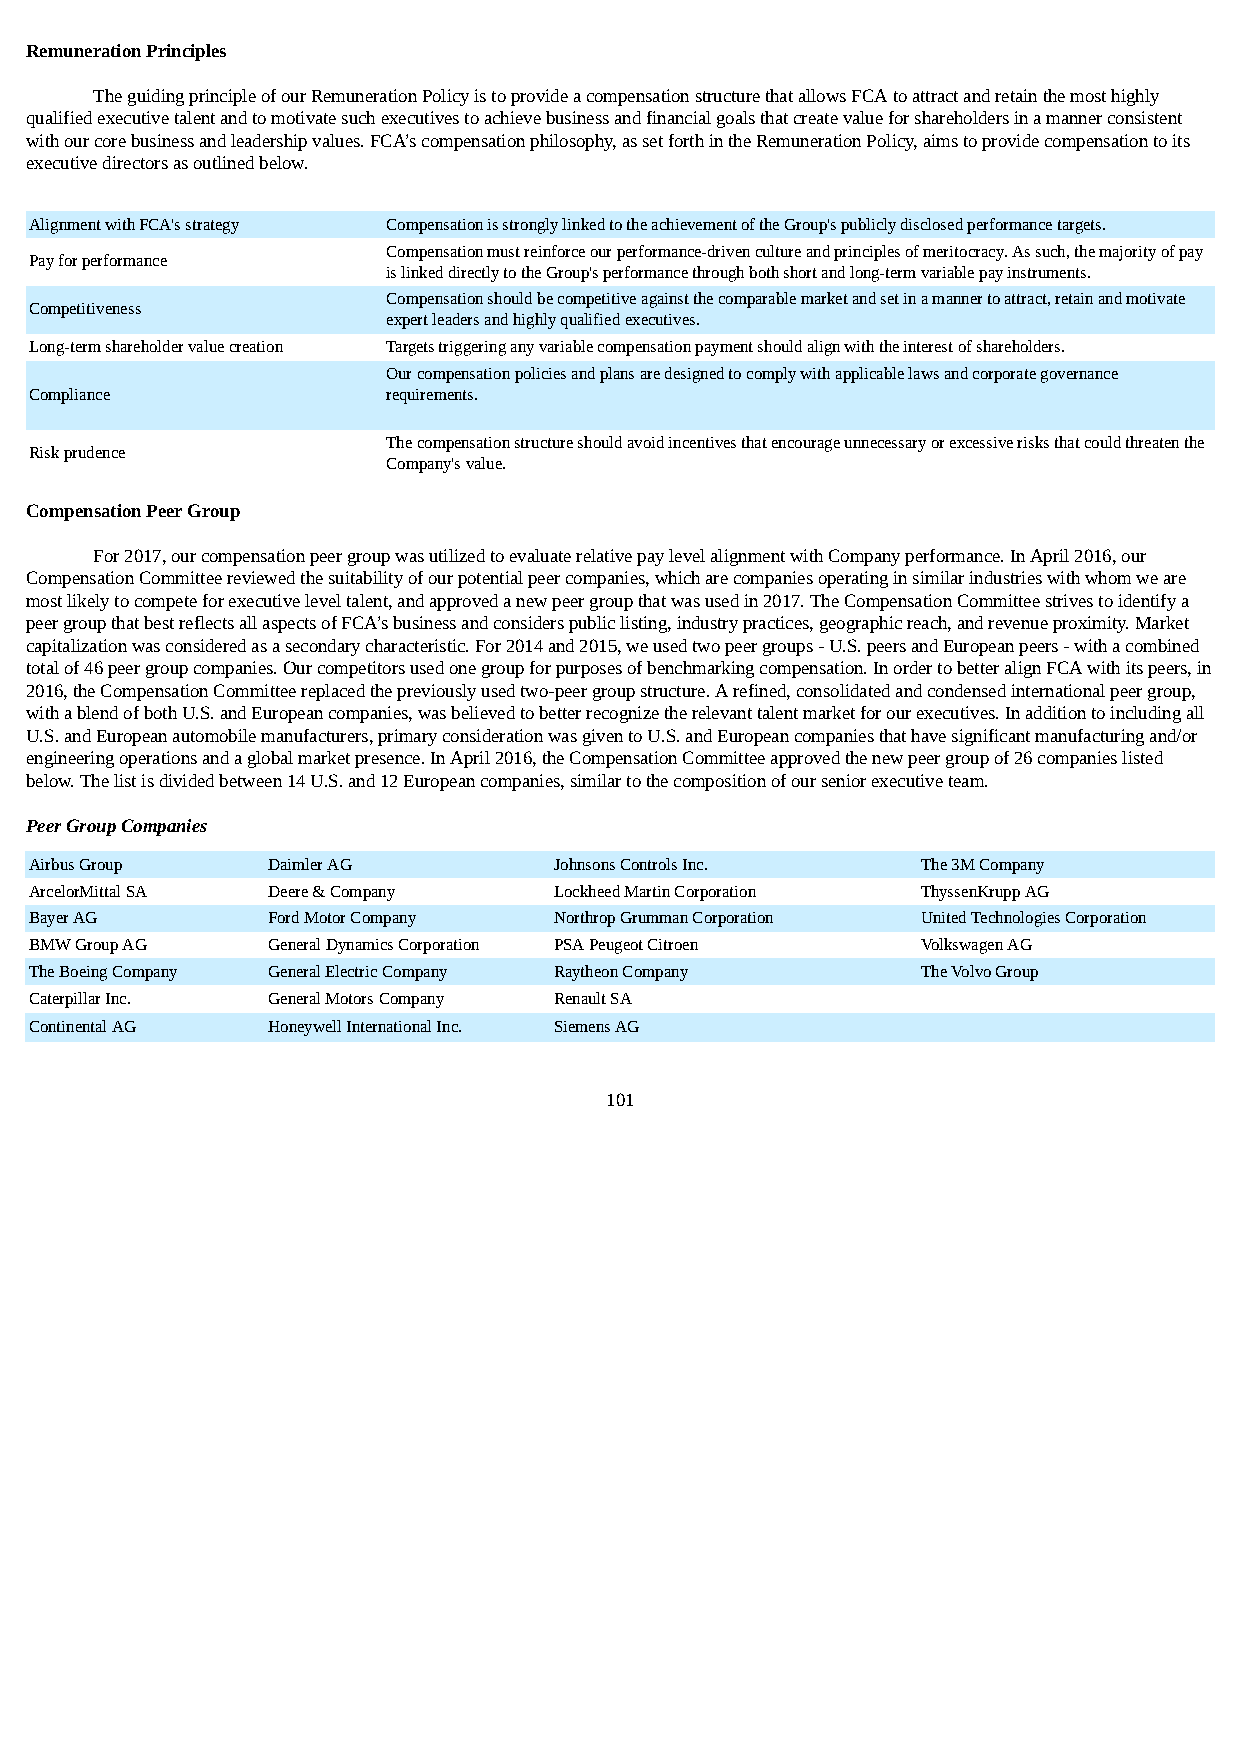
Remuneration Principles
 The guiding principle of our Remuneration Policy is to provide a compensation structure that allows FCA to attract and retain the most highly
 qualified executive talent and to motivate such executives to achieve business and financial goals that create value for shareholders in a manner consistent
 with our core business and leadership values. FCA’s compensation philosophy, as set forth in the Remuneration Policy, aims to provide compensation to its
 executive directors as outlined below.
 Alignment with FCA's strategy Compensation is strongly linked to the achievement of the Group's publicly disclosed performance targets.
 Compensation must reinforce our performance-driven culture and principles of meritocracy. As such, the majority of pay
 Pay for performance
 is linked directly to the Group's performance through both short and long-term variable pay instruments.
 Compensation should be competitive against the comparable market and set in a manner to attract, retain and motivate
 Competitiveness
 expert leaders and highly qualified executives.
 Long-term shareholder value creation Targets triggering any variable compensation payment should align with the interest of shareholders.
 Our compensation policies and plans are designed to comply with applicable laws and corporate governance
 Compliance              requirements.
 The compensation structure should avoid incentives that encourage unnecessary or excessive risks that could threaten the
 Risk prudence
 Company's value.
 Compensation Peer Group
 For 2017, our compensation peer group was utilized to evaluate relative pay level alignment with Company performance. In April 2016, our
 Compensation Committee reviewed the suitability of our potential peer companies, which are companies operating in similar industries with whom we are
 most likely to compete for executive level talent, and approved a new peer group that was used in 2017. The Compensation Committee strives to identify a
 peer group that best reflects all aspects of FCA’s business and considers public listing, industry practices, geographic reach, and revenue proximity. Market
 capitalization was considered as a secondary characteristic. For 2014 and 2015, we used two peer groups - U.S. peers and European peers - with a combined
 total of 46 peer group companies. Our competitors used one group for purposes of benchmarking compensation. In order to better align FCA with its peers, in
 2016, the Compensation Committee replaced the previously used two-peer group structure. A refined, consolidated and condensed international peer group,
 with a blend of both U.S. and European companies, was believed to better recognize the relevant talent market for our executives. In addition to including all
 U.S. and European automobile manufacturers, primary consideration was given to U.S. and European companies that have significant manufacturing and/or
 engineering operations and a global market presence. In April 2016, the Compensation Committee approved the new peer group of 26 companies listed
 below. The list is divided between 14 U.S. and 12 European companies, similar to the composition of our senior executive team.
 Peer Group Companies
 Airbus Group    Daimler AG         Johnsons Controls Inc.  The 3M Company
 ArcelorMittal SA Deere & Company   Lockheed Martin Corporation ThyssenKrupp AG
 Bayer AG        Ford Motor Company Northrop Grumman Corporation United Technologies Corporation
 BMW Group AG    General Dynamics Corporation PSA Peugeot Citroen Volkswagen AG
 The Boeing Company General Electric Company Raytheon Company The Volvo Group
 Caterpillar Inc. General Motors Company Renault SA
 Continental AG  Honeywell International Inc. Siemens AG
 101